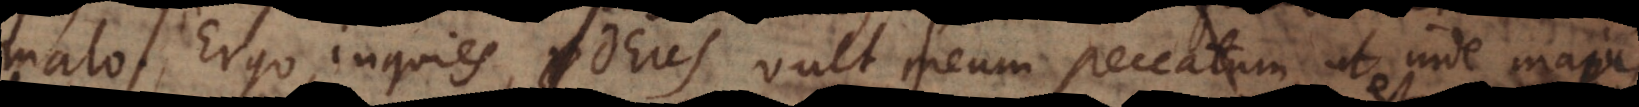
alo. Ergo, inquies, Deus vult meum peccatum, ut inde magi